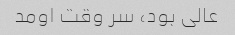
عالی بود، سر وقت اومد